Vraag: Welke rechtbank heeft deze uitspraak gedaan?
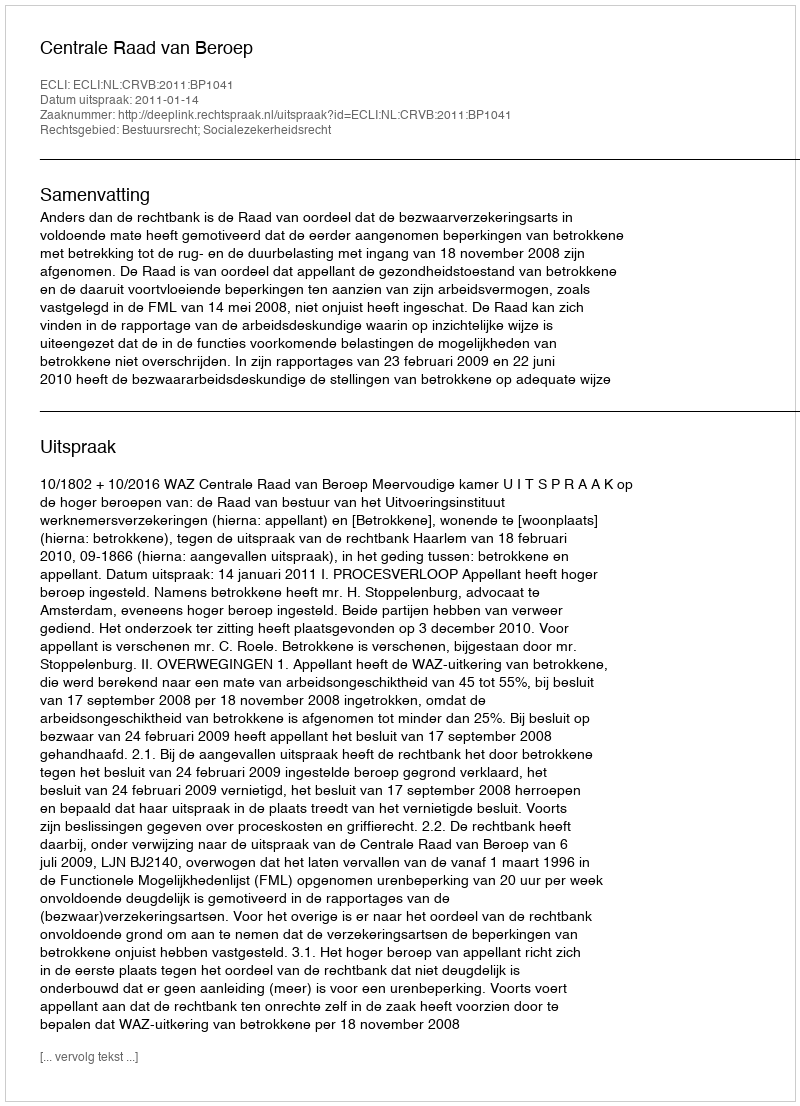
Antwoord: Centrale Raad van Beroep